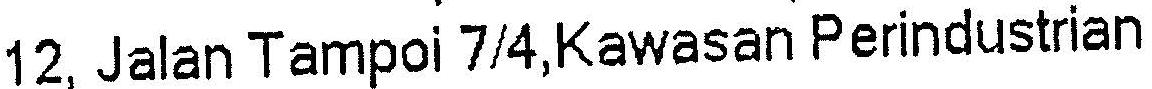
12, JALAN TAMPOI 7/4,KAWASAN PERINDUSTRIAN